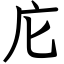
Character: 庀